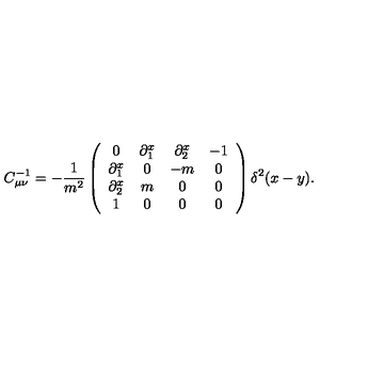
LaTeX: C _ { \mu \nu } ^ { - 1 } = - \frac { 1 } { m ^ { 2 } } \left( \begin{array} { c c c c } { 0 } & { \partial _ { 1 } ^ { x } } & { \partial _ { 2 } ^ { x } } & { - 1 } \\ { \partial _ { 1 } ^ { x } } & { 0 } & { - m } & { 0 } \\ { \partial _ { 2 } ^ { x } } & { m } & { 0 } & { 0 } \\ { 1 } & { 0 } & { 0 } & { 0 } \\ \end{array} \right) \delta ^ { 2 } ( x - y ) .